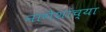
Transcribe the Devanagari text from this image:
नागेशांच्या